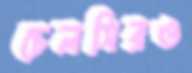
চেলসিরও